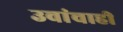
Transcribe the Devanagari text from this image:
उवांचाही